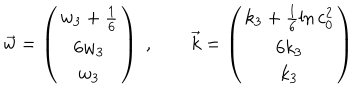
LaTeX: \vec { w } = \left( \begin{array} { c } { { w _ { 3 } + \frac { 1 } { 6 } } } \\ { { 6 w _ { 3 } } } \\ { { w _ { 3 } } } \\ \end{array} \right) \; , \qquad \vec { k } = \left( \begin{array} { c } { { k _ { 3 } + \frac { 1 } { 6 } \ln c _ { 0 } ^ { 2 } } } \\ { { 6 k _ { 3 } } } \\ { { k _ { 3 } } } \\ \end{array} \right)